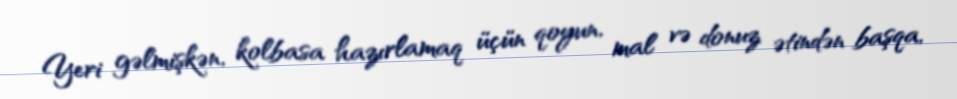
Yeri gəlmişkən, kolbasa hazırlamaq üçün qoyun, mal və donuz ətindən başqa,